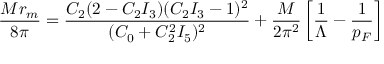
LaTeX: \frac { M r _ { m } } { 8 \pi } = \frac { C _ { 2 } ( 2 - C _ { 2 } I _ { 3 } ) ( C _ { 2 } I _ { 3 } - 1 ) ^ { 2 } } { ( C _ { 0 } + C _ { 2 } ^ { 2 } I _ { 5 } ) ^ { 2 } } + \frac { M } { 2 \pi ^ { 2 } } \left[ \frac { 1 } { \Lambda } - \frac { 1 } { p _ { F } } \right]